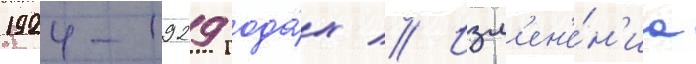
1924-1929 года́х // Изм'ен'е́н'иа